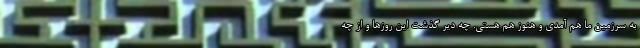
به سرزمین ما هم آمدی و هنوز هم هستی. چه دیر گذشت این روزها و از چه